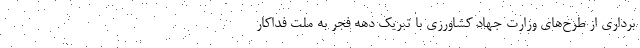
برداری از طرح‌های وزارت جهاد کشاورزی با تبریک دهه فجر به ملت فداکار